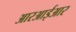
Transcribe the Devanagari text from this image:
आरआईआर